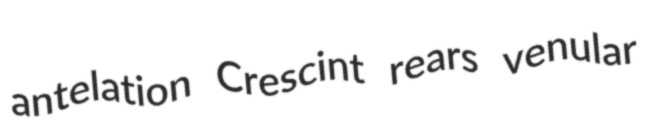
antelation Crescint rears venular